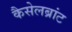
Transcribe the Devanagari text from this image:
कैसेलब्रांट